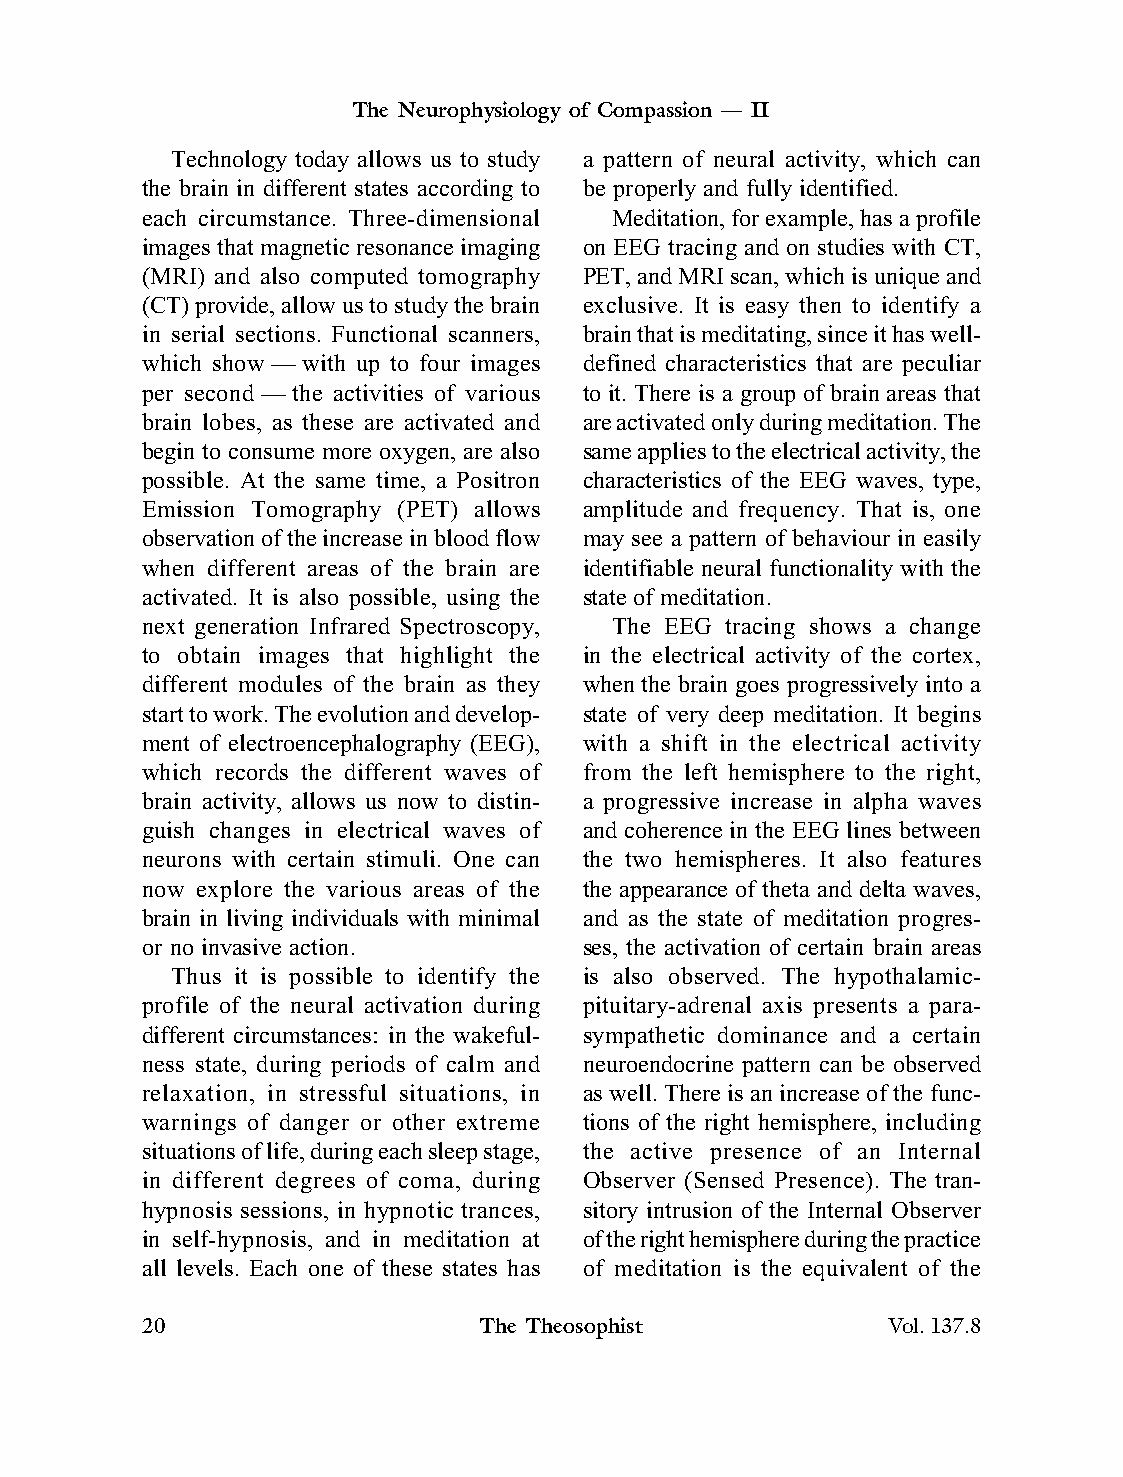
The Neurophysiology of Compassion — II
 Technology today allows us to study a pattern of neural activity, which can
 the brain in different states according to be properly and fully identified.
 each circumstance. Three-dimensional Meditation, for example, has a profile
 images that magnetic resonance imaging on EEG tracing and on studies with CT,
 (MRI) and also computed tomography PET, and MRI scan, which is unique and
 (CT) provide, allow us to study the brain exclusive. It is easy then to identify a
 in serial sections. Functional scanners, brain that is meditating, since it has well-
 which show — with up to four images defined characteristics that are peculiar
 per second — the activities of various to it. There is a group of brain areas that
 brain lobes, as these are activated and are activated only during meditation. The
 begin to consume more oxygen, are also same applies to the electrical activity, the
 possible. At the same time, a Positron characteristics of the EEG waves, type,
 Emission Tomography (PET) allows amplitude and frequency. That is, one
 observation of the increase in blood flow may see a pattern of behaviour in easily
 when different areas of the brain are identifiable neural functionality with the
 activated. It is also possible, using the state of meditation.
 next generation Infrared Spectroscopy, The EEG tracing shows a change
 to obtain images that highlight the in the electrical activity of the cortex,
 different modules of the brain as they when the brain goes progressively into a
 start to work. The evolution and develop- state of very deep meditation. It begins
 ment of electroencephalography (EEG), with a shift in the electrical activity
 which records the different waves of from the left hemisphere to the right,
 brain activity, allows us now to distin- a progressive increase in alpha waves
 guish changes in electrical waves of and coherence in the EEG lines between
 neurons with certain stimuli. One can the two hemispheres. It also features
 now explore the various areas of the the appearance of theta and delta waves,
 brain in living individuals with minimal and as the state of meditation progres-
 or no invasive action.        ses, the activation of certain brain areas
 Thus it is possible to identify the is also observed. The hypothalamic-
 profile of the neural activation during pituitary-adrenal axis presents a para-
 different circumstances: in the wakeful- sympathetic dominance and a certain
 ness state, during periods of calm and neuroendocrine pattern can be observed
 relaxation, in stressful situations, in as well. There is an increase of the func-
 warnings of danger or other extreme tions of the right hemisphere, including
 situations of life, during each sleep stage, the active presence of an Internal
 in different degrees of coma, during Observer (Sensed Presence). The tran-
 hypnosis sessions, in hypnotic trances, sitory intrusion of the Internal Observer
 in self-hypnosis, and in meditation at of the right hemisphere during the practice
 all levels. Each one of these states has of meditation is the equivalent of the
 20                     The Theosophist            Vol.137.8